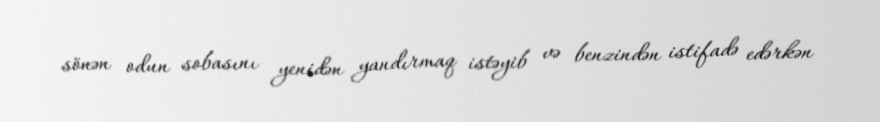
sönən odun sobasını yenidən yandırmaq istəyib və benzindən istifadə edərkən